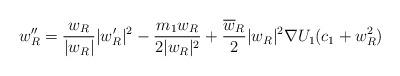
LaTeX: \begin{align*}w''_{R} = \frac{ w_{R} }{ |w_{R}| } |w_{R}'|^{2} - \frac{ m_{1} w_{R} }{ 2|w_{R}|^{2} }+ \frac{ \overline{w}_{R} }{ 2 }|w_{R}|^{2}\nabla U_{1}( c_{1}+w_{R}^{2} )\end{align*}